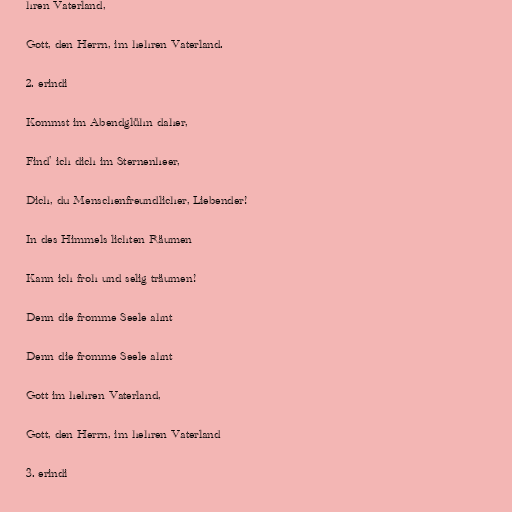
hren Vaterland,

Gott, den Herrn, im hehren Vaterland.

2. erindi

Kommst im Abendglühn daher,

Find' ich dich im Sternenheer,

Dich, du Menschenfreundlicher, Liebender!

In des Himmels lichten Räumen

Kann ich froh und selig träumen!

Denn die fromme Seele ahnt

Denn die fromme Seele ahnt

Gott im hehren Vaterland,

Gott, den Herrn, im hehren Vaterland

3. erindi